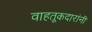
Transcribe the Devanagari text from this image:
वाहतूकदारांनी